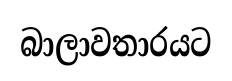
බාලාවතාරයට